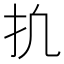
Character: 𫼕